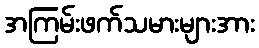
အကြမ်းဖက်သမားများအား